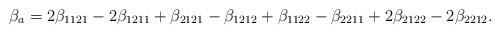
LaTeX: \begin{align*}\beta_a=2\beta_{1121}-2\beta_{1211}+\beta_{2121}-\beta_{1212}+\beta_{1122}-\beta_{2211}+2\beta_{2122}-2\beta_{2212}.\end{align*}